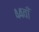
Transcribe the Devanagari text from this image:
४४वाँ